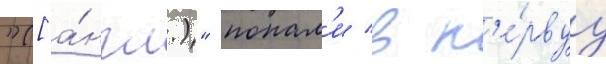
"([а́нгл.)" попал'и в п'е́рвуу